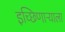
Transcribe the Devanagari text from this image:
इच्छिणाऱ्याला